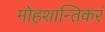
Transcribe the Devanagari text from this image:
मोहशान्तिकरं